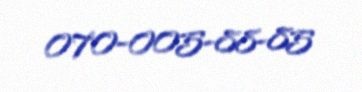
070-005-88-85